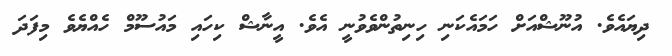
ދިޔައެވެ. އުނޫޝްއަށް ހަމައެކަނި ހިނިތުންވެވުނީ އެވެ. އީނާޝް ކިހައި މައުސޫމް ހެއްޔެވެ މިފަދަ